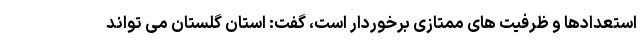
استعدادها و ظرفیت های ممتازی برخوردار است، گفت: استان گلستان می تواند